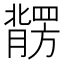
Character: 𱼠